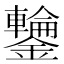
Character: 𮣣